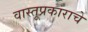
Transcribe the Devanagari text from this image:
वास्तूप्रकाराचे